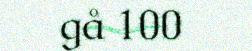
gå 100